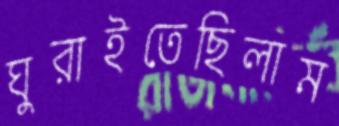
ঘুরাইতেছিলাম